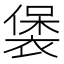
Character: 𧛱